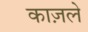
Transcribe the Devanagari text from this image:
काज़ले